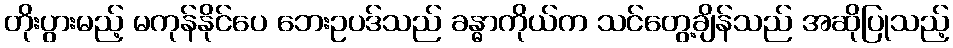
တိုးပွားမည့် မကုန်နိုင်ပေ ဘေးဥပဒ်သည် ခန္ဓာကိုယ်က သင်တွေ့ချိန်သည် အဆိုပြုသည့်